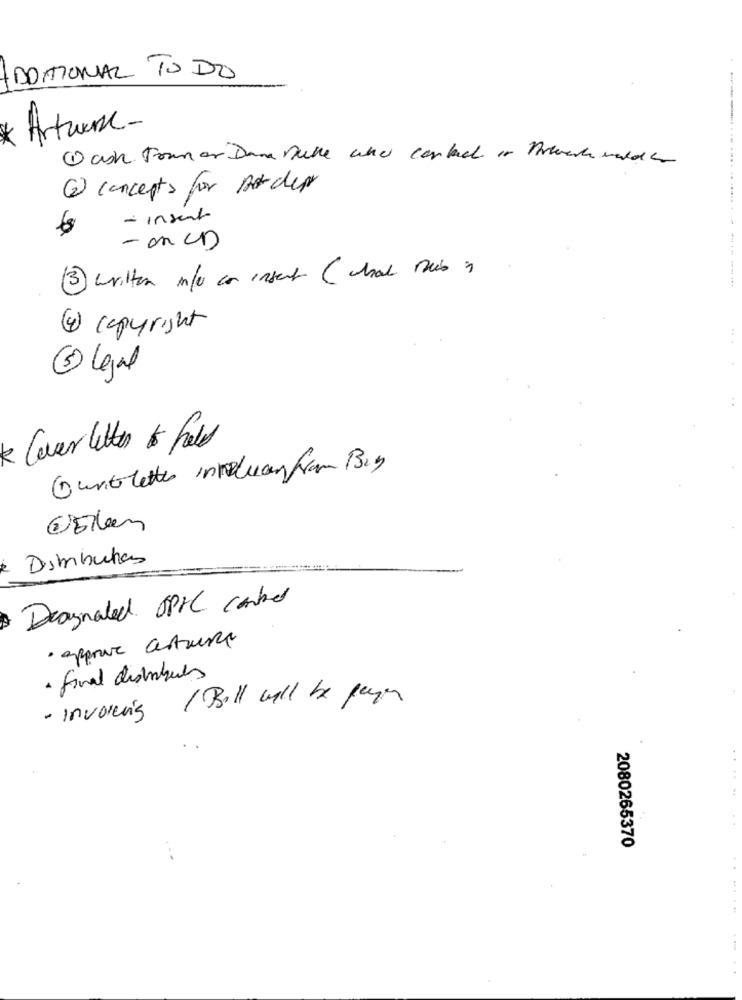
ADDITIONAL TO DO
Artware-
Wash Town or Dana Dukle who contact of Arteach wald a
6 concepts for Bordepr
- insent
- on CD
3 written infor con insect (what mais )
.---- --...
4 copyright
3 legal
k Cover letter to fal
Ountletter inteluagfram Big
E Eller
Diimbuhas
Deagnaled opte control
· approve astuce
· final distribules
· involving / Bill will be page
2080265370